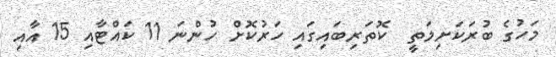
މަހުގެ ބުރަކަށިމަތީ  ކޮތަރިބައިގައި ހަރުކޮށް ހުންނަ 11 ކައްޓާއި 15 އާއި